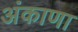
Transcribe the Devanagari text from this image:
अंकाणा